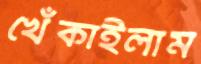
খেঁকাইলাম